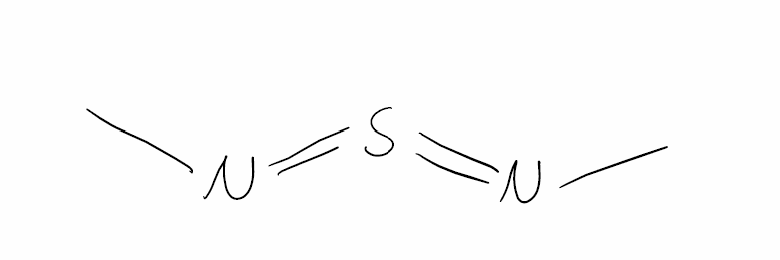
Simplified molecular-input line-entry system (SMILES) notation of the given molecule:
CN=S=NC